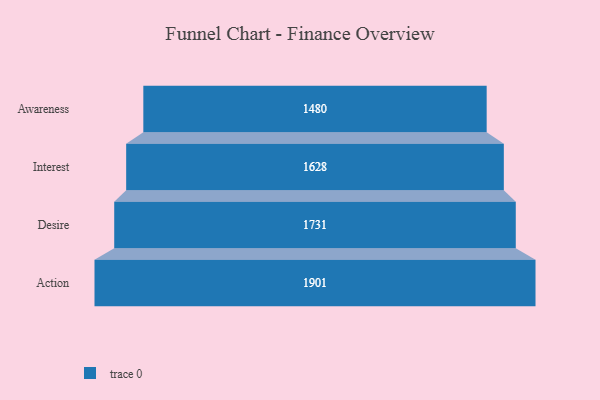
{"axis": {"x": "Stage", "y": "Value"}, "legend": [""], "data": [{"x": "Awareness", "y": 1480.0, "type": ""}, {"x": "Interest", "y": 1628.0, "type": ""}, {"x": "Desire", "y": 1731.0, "type": ""}, {"x": "Action", "y": 1901.0, "type": ""}]}